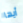
أيها